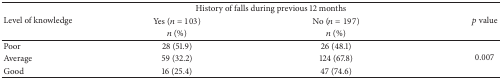
<table><thead><tr><td rowspan="3"><b>Level of knowledge</b></td><td colspan="2"><b>History of falls during previous 12 months</b></td><td rowspan="3"><b><i>p</i> value</b></td></tr><tr><td><b>Yes (<i>n</i> = 103)</b></td><td><b>No (<i>n</i> = 197)</b></td></tr><tr><td><b><i>n</i> (%)</b></td><td><b><i>n</i> (%)</b></td></tr></thead><tbody><tr><td>Poor</td><td>28 (51.9)</td><td>26 (48.1)</td><td rowspan="3">0.007</td></tr><tr><td>Average</td><td>59 (32.2)</td><td>124 (67.8)</td></tr><tr><td>Good</td><td>16 (25.4)</td><td>47 (74.6)</td></tr></tbody></table>